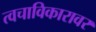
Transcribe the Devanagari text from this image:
त्वचाविकारावर